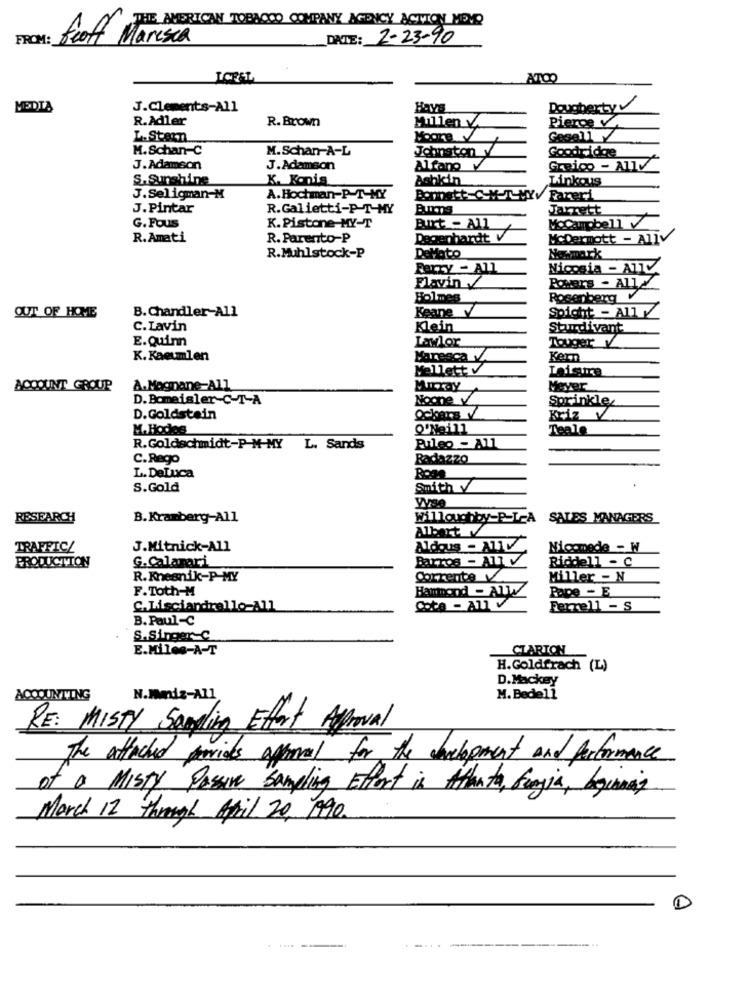
THE AMERICAN TOBACCO COMPANY AGENCY ACTION MEVR
FROM :
foot
DATE: 2-23-90
ATOO
MEDIA
J.Clements-All
Hays
Dougherty
R.Adler
R. Brown
Pierce
Millen V
L.Stern
Moore V
Gesell
M.Schan-C
M.Schan-A-L
Johnston
Goodridge
J.Adamson
J.Adamson
Alfarp V
Greico - AllV
S.Sunshine
K. Konis
Ashkin
Linkous
J.Seligman-M
A. Hochman-P-T-MY
Bornatt CM-TMYv Fareri
J.Pintar
R.Galietti-P-T-MY
Burns
Jarrett
G.Fous
K.Pistone-MY-T
Burt - All
R.Amati
R. Parento-P
Degenhardt V
Dermott - AllV
Nemark
R.Muhlstock-P
Delato
Perry - All
Nicosia - ATTV
Flavin
Powers - All2
Holmes
Rosenberg
Keane V
Soight - Ally
OUT OF HOME
B.Chandler-All
C.Lavin
Klein
Sturdivant
E.Quinn
Lawlor
Touger
K.Kaoumlen
Maresca y
Kern
MellettV
Leisure
ACCOUNT GROUP
A.Magnane-All
Mirray
Meyer
D.Bomeisler-C-T-A
Noone y
Sprinkle
D.Goldstein
Ockara
Kriz V
M.Hodos
Q'Neill
Teale
R.Goldschmidt-P-M-MY L. Sands
Puleo - All
C.Rego
Radazzo
L. DeLuca
S.Gold
Smith y
RESEARCH
B. Kramberg-All
Willoughby-P-L-A SALES MANAGERS_
Albert V
TRAFFIC/
J.Mitnick-All
Aldous - ATIV
Nicomede - W
PRODUCTION
G.Calamari
Barros - AV
Riddell - C
R.Knesnik-P-MY
Corrente V
Miller - N
F.Toth-M
Hammond - All
Pape - E
C.Lisciandrello-All
Cote - AU
Ferre11 - S
B. Paul-C
S. Singer C
E.Miles-A-T
CLARION
H.Goldfrach (L)
D.Mackey
ACCOUNTING
N.Mmiz-All
M. Bedell
RE: MISTY Samling Effort Approval
The attached parries appenal for the development and performance
of a MISTY Passive Sampling Effort in Atlanta, foggia, beimir
March 12 through April 20, 90.
...